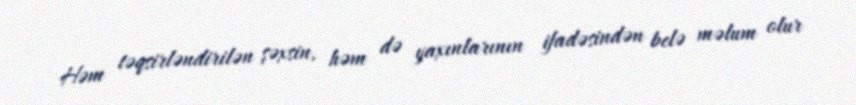
Həm təqsirləndirilən şəxsin, həm də yaxınlarının ifadəsindən belə məlum olur